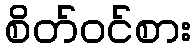
စိတ်ဝင်စား